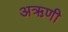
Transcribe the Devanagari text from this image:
अऋणी